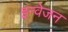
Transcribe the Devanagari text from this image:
इन्वेजन